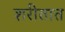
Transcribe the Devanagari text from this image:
शरीतात